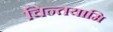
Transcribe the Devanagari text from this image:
चिन्तयामि